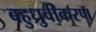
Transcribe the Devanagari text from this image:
बहुध्रुवीकरण